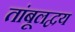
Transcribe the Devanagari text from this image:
तांबूलद्वय